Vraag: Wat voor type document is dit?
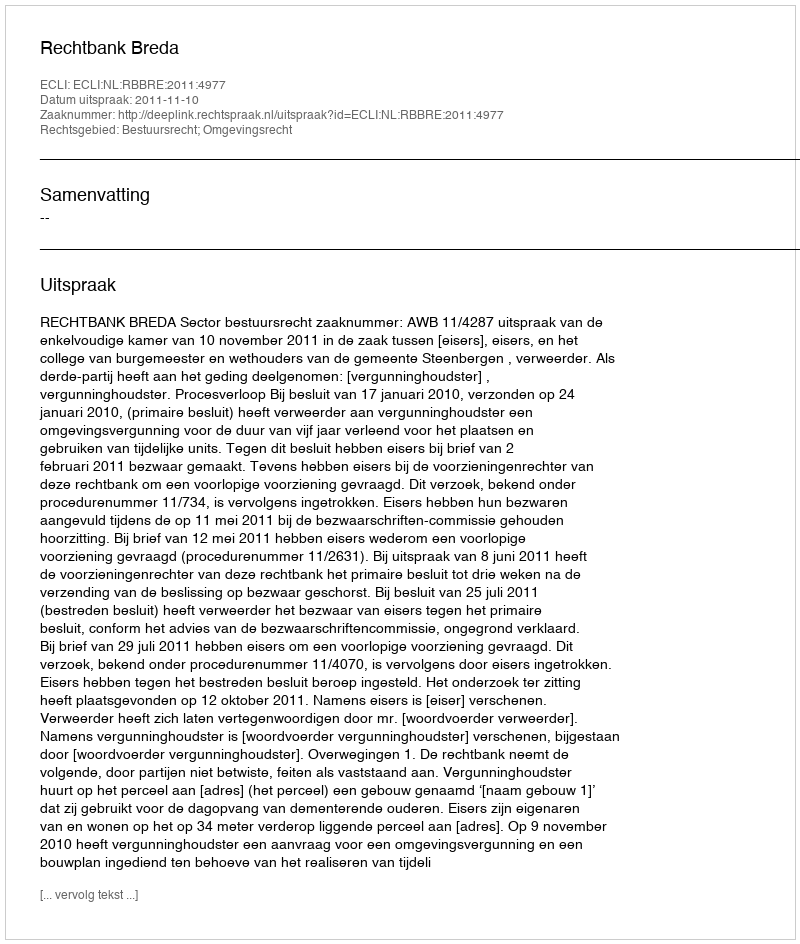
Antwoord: Uitspraak